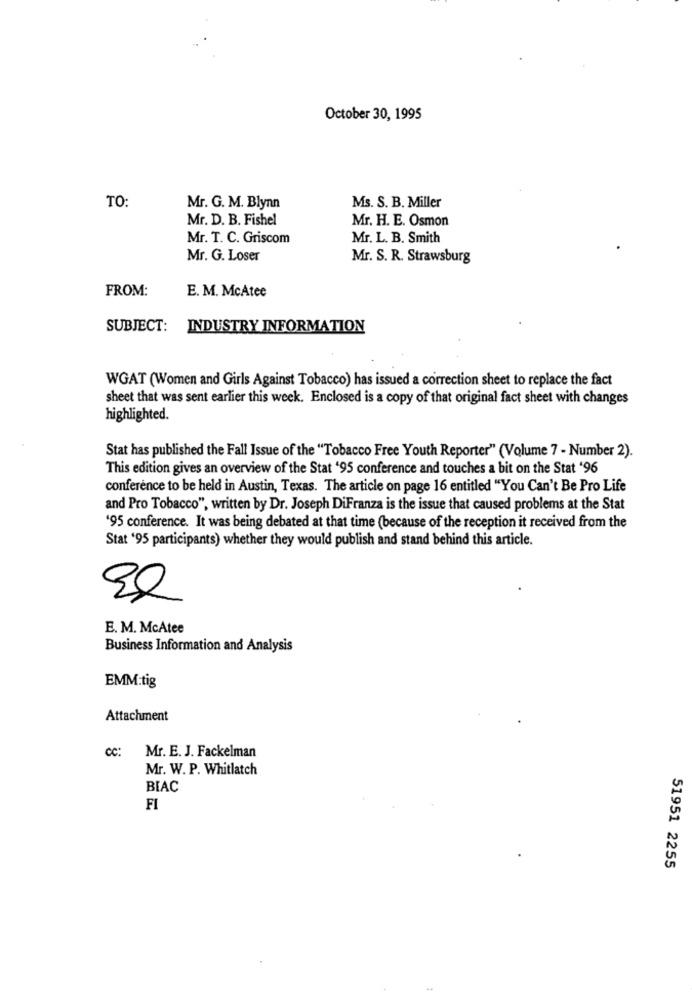
October 30, 1995
TO:
Mr. G. M. Blynn
Ms. S. B. Miller
Mr. D. B. Fishel
Mr. H. E. Osmon
Mr. T. C. Griscom
Mr. L. B. Smith
Mr. G. Loser
Mr. S. R. Strawsburg
FROM:
E. M. McAtee
SUBJECT: INDUSTRY INFORMATION
WGAT (Women and Girls Against Tobacco) has issued a correction sheet to replace the fact
sheet that was sent earlier this week. Enclosed is a copy of that original fact sheet with changes
highlighted.
Stat has published the Fall Issue of the "Tobacco Free Youth Reporter" (Volume 7 - Number 2).
This edition gives an overview of the Stat '95 conference and touches a bit on the Stat '96
conference to be held in Austin, Texas. The article on page 16 entitled "You Can't Be Pro Life
and Pro Tobacco", written by Dr. Joseph DiFranza is the issue that caused problems at the Stat
'95 conference. It was being debated at that time (because of the reception it received from the
Stat '95 participants) whether they would publish and stand behind this article.
E. M. McAtee
Business Information and Analysis
EMM:tig
Attachment
CC: Mr. E. J. Fackelman
Mr. W. P. Whitlatch
BIAC
FI
51951 2255